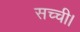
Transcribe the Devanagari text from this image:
सच्ची।